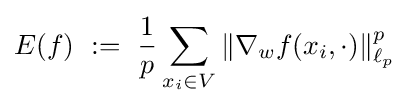
E(f)\ :=\ {\frac {1}{p}}\sum _{x_{i}\in V}\|\nabla _{w}f(x_{i},\cdot )\|_{\ell _{p}}^{p}